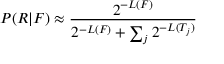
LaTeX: P ( R | F ) \approx { \frac { 2 ^ { - L ( F ) } } { 2 ^ { - L ( F ) } + \sum _ { j } { 2 ^ { - L ( T _ { j } ) } } } }